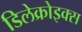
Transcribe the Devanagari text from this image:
डिलेक्रोइक्‍स